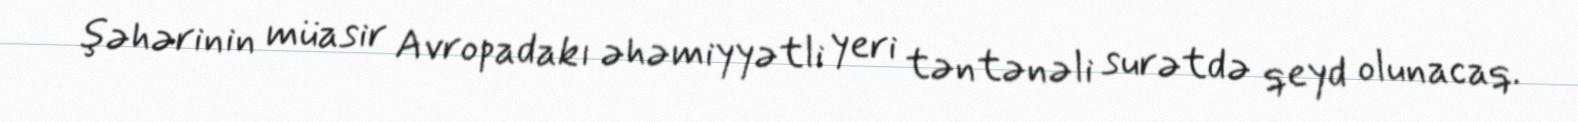
şəhərinin müasir Avropadakı əhəmiyyətli yeri təntənəli surətdə qeyd olunacaq.